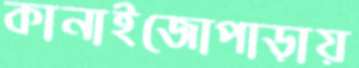
কানাইজোপাড়ায়